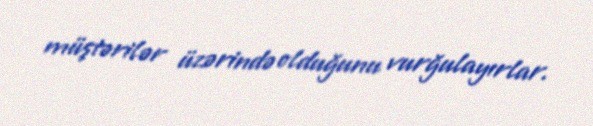
müştərilər üzərində olduğunu vurğulayırlar.